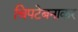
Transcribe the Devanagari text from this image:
चिपटेबनाकर